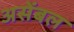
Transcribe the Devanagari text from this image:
असेंबल